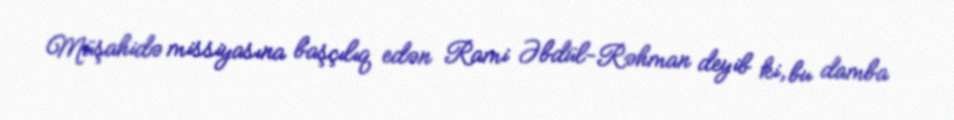
Müşahidə missiyasına başçılıq edən Rami Əbdül-Rəhman deyib ki, bu damba